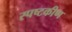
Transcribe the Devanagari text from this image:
स्पष्टकीण